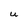
Character: u